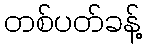
တစ်ပတ်ခန့်